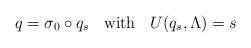
LaTeX: \begin{align*}q=\sigma_0\circ q_s \;\;\mbox{ with }\;\; U(q_s,\Lambda)=s\end{align*}